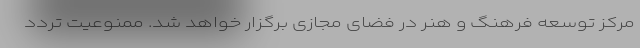
مرکز توسعه فرهنگ و هنر در فضای مجازی برگزار خواهد شد. ممنوعیت تردد